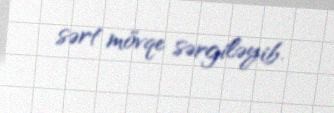
sərt mövqe sərgiləyib.